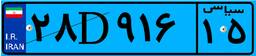
۵۴D۸۷۱۸۸